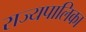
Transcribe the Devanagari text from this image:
राज्यपालिका